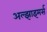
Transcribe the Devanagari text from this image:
अल्झाइमर्स